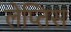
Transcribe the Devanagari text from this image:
लेप्तिस